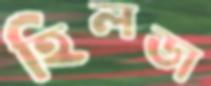
হিলডা